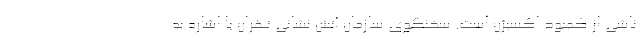
ناشی از کمبود اکسیژن است. سخنگوی سازمان آتش نشانی تهران با اشاره به